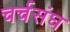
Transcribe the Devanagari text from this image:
चर्चसंघ